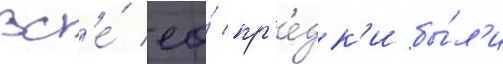
Вс'е́ ео́ пр'е́дк'и бы́л'и